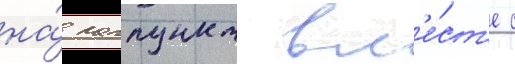
на́ лагпункт вм'е́ст'е с